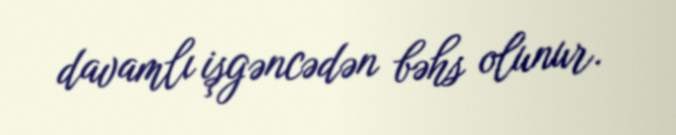
davamlı işgəncədən bəhs olunur.